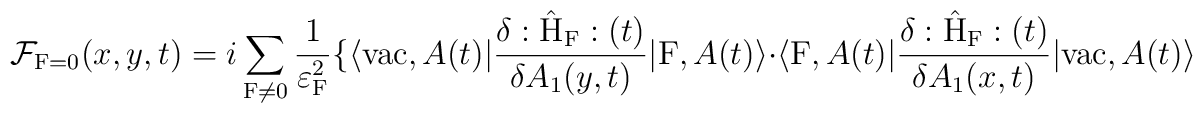
{\cal F}_{{\rm F}=0}(x,y,t) = i \sum_{{\rm F} \neq 0}\frac{1}{{\varepsilon}_{\rm F}^2} \{ \langle {\rm vac},A(t)|\frac{\delta :\hat{\rm H}_{\rm F}:(t)}{\delta A_1(y,t)}|{\rm F},A(t) \rangle \cdot \langle {\rm F},A(t)|\frac{\delta :\hat{\rm H}_{\rm F}:(t)}{\delta A_1(x,t)}|{\rm vac}, A(t) \rangle